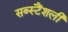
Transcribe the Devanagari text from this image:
सब्स्टैंशली